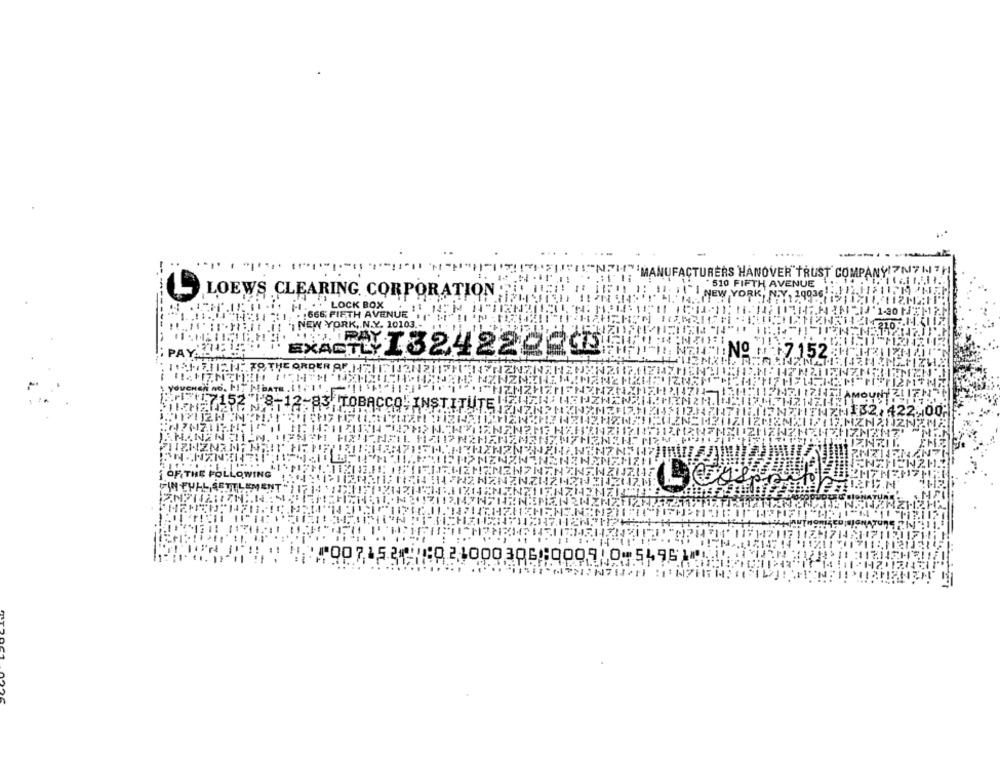
MA
FACTURERS HANOVER TRUST COMPANY
510 FIFTH AVENUE
L
LOEWS CLEARING. CORPORATION
11: J \" NEW YORK, N.Y, 10036
LOCK BOX
. . 666 FIFTH AVENUE
DI NEW YORK, N.Y. 20103.
PAY.IL
ANNANº 7152
VOUCHER no. FIT MBATE .I !. '1
TU:152"\'8-12-83 TOBACCO" INSTITUTE!
22,00
⑈007152⑈ ⑆021000306⑆000510⑉54961⑈1